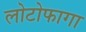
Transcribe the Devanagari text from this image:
लोटोफागा